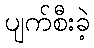
ပျက်စီးခဲ့